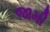
જામી